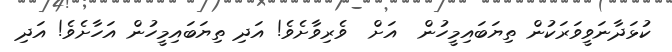
ކުޅަދާނަވީވަރަކުން ތިޔަބައިމީހުން  އަށް  ވެރިވާށެވެ! އަދި ތިޔަބައިމީހުން އަހާށެވެ! އަދި